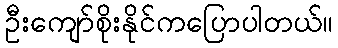
ဦးကျော်စိုးနိုင်ကပြောပါတယ်။